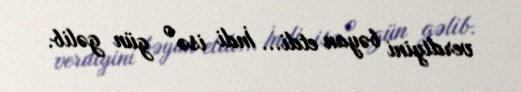
verdiyini bəyan etdi... İndi isə o gün gəlib.